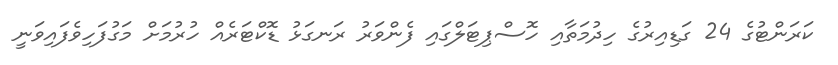
ކަރަންޓުގެ 24 ގަޑިއިރުގެ ހިދުމަތާއި ހޮސްޕިޓަލްގައި ފެންވަރު ރަނގަޅު ޑޮކްޓަރެއް ހުރުމަށް މަގުފަހިވެފައިވަނީ